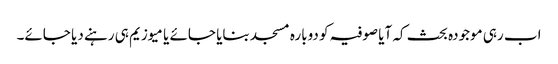
اب رہی موجودہ بحث کہ آیا صوفیہ کو دوبارہ مسجد بنایا جائے یا میوزیم ہی رہنے دیا جائے۔